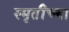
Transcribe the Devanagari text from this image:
स्मृतींच्या